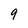
Character: 9